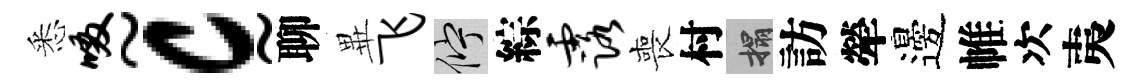
悉啜~c~聊𭺾飞伫綜露喪村搨訪犖邊帷次夷